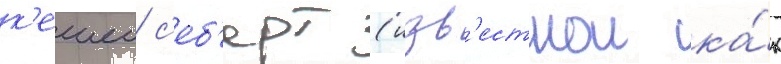
к'ешеи с'еб'ерт (изв'естнои ка́к